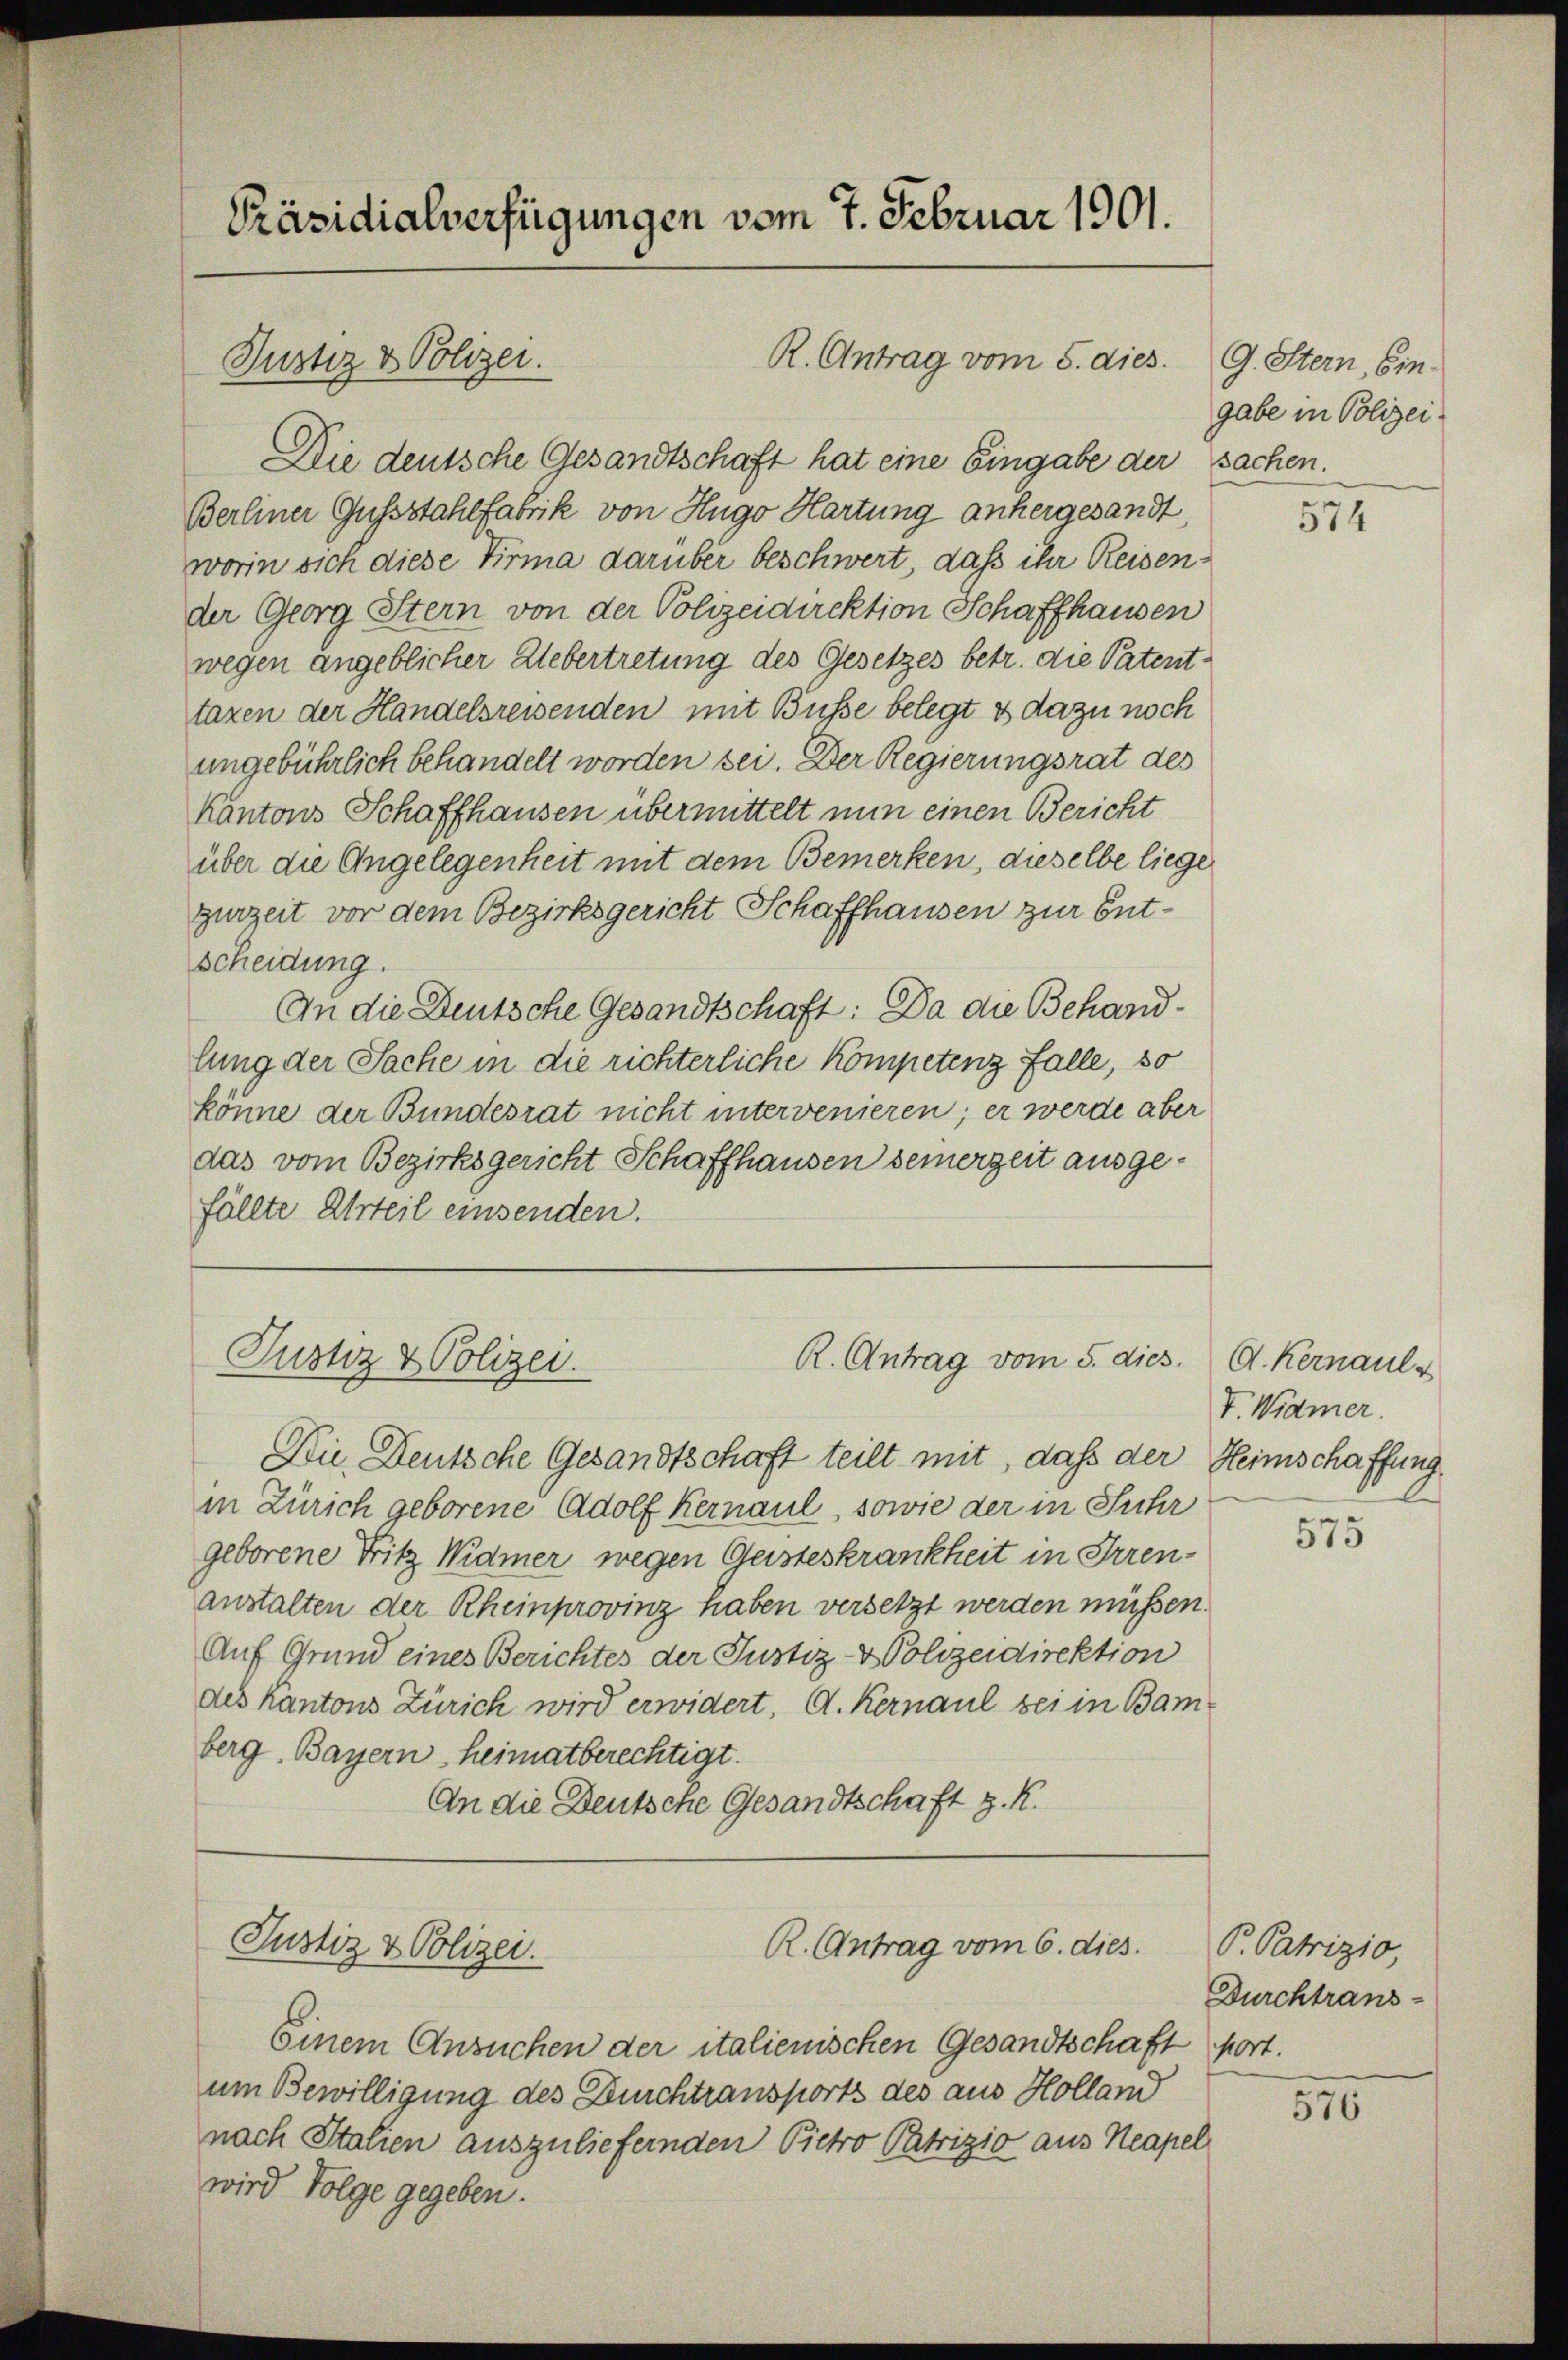
Präsidialverfügungen vom 7. Februar 1901.

Justiz & Polizei.

R. Antrag vom 5. dies.

Die deutsche Gesandtschaft hat eine Eingabe der sachen.
Berliner Gussstahlfabrik von Hugo Hartung anhergesandt,
worin sich diese Firma darüber beschwert, daß ihr Reisender Georg Stern von der Polizeidirektion Schaffhausen
wegen angeblicher Uebertretung des Gesetzes betr. die Patenttaxen der Handelsreisenden mit Büsse belegt & dazu noch
ungebührlich behandelt worden sei. Der Regierungsrat des
Kantons Schaffhausen übermittelt nun einen Bericht
über die Angelegenheit mit dem Bemerken, dieselbe liege
gurzeit vor dem Bezirksgericht Schaffhausen zur Entscheidung.
An die Deutsche Gesandtschaft: Da die Behandlung der Sache in die richterliche Kompetenz Falle, so
könne der Bundesrat nicht intervenieren; er werde aber
das vom Bezirksgericht Schaffhausen seinerzeit ausgefällte Urteil einsenden.

Justiz & Polizei.
R. Antrag vom 5. dies. A. Kernaul u

Die Deutsche Gesandtschaft teilt mit, daß der Heimschaffung
in Zürich geborene Adolf Kernaul, sowie der in Suhr
geborene Fritz Widmer wegen Geisteskrankheit in Irrenanstalten der Rheinprovinz haben versetzt werden müssen.
Auf Grund eines Berichtes der Justiz- & Polizeidirektion
des Kantons Zürich wird erwidert, A. Kernaul sei in Bam-
berg. Bayern heimatberechtigt.
An die Deutsche Gesandtschaft z. R.

Justiz & Polizei.

Einem Ansuchen der italienischen Gesandtschaft fort.
um Bewilligung des Durchtransports des aus Holland
nach Italien auszuliefernden Pietro Patrizio aus Neapel
wird Folge gegeben.

R. Antrag vom 6. dies.

G. Stern, Eingabe in Polizei

574

V. Widmer.

575

P. Patrizio,
Durchtrans-

510